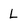
Character: L